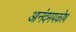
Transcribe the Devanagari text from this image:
आनंदमयकोष